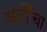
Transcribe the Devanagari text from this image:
अर्लीचा